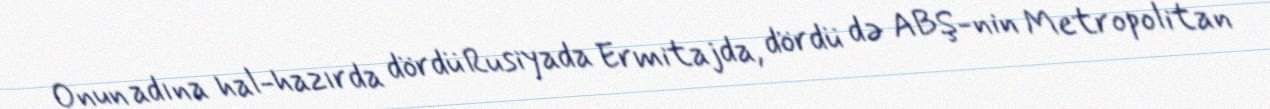
Onun adına hal-hazırda dördü Rusiyada Ermitajda, dördü də ABŞ-nin Metropolitan